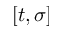
[ t , \sigma ]